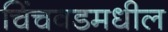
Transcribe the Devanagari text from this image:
चिंचवडमधील